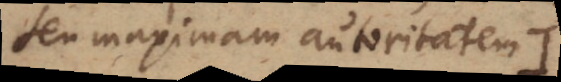
seu maximam autoritatem